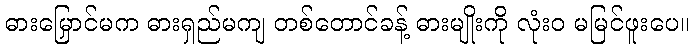
ဓားမြှောင်မက ဓားရှည်မကျ တစ်တောင်ခန့် ဓားမျိုးကို လုံးဝ မမြင်ဖူးပေ။